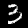
Label: 3